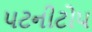
પટનીટોપ